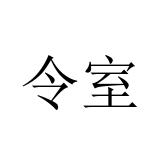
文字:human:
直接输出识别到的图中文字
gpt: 令室